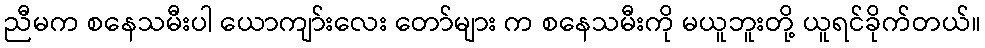
ညီမက စနေသမီးပါ ယောကျာ်းလေး တော်များ က စနေသမီးကို မယူဘူးတို့ ယူရင်ခိုက်တယ်။